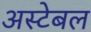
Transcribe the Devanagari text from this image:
अस्टेबल